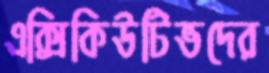
এক্সিকিউটিভদের